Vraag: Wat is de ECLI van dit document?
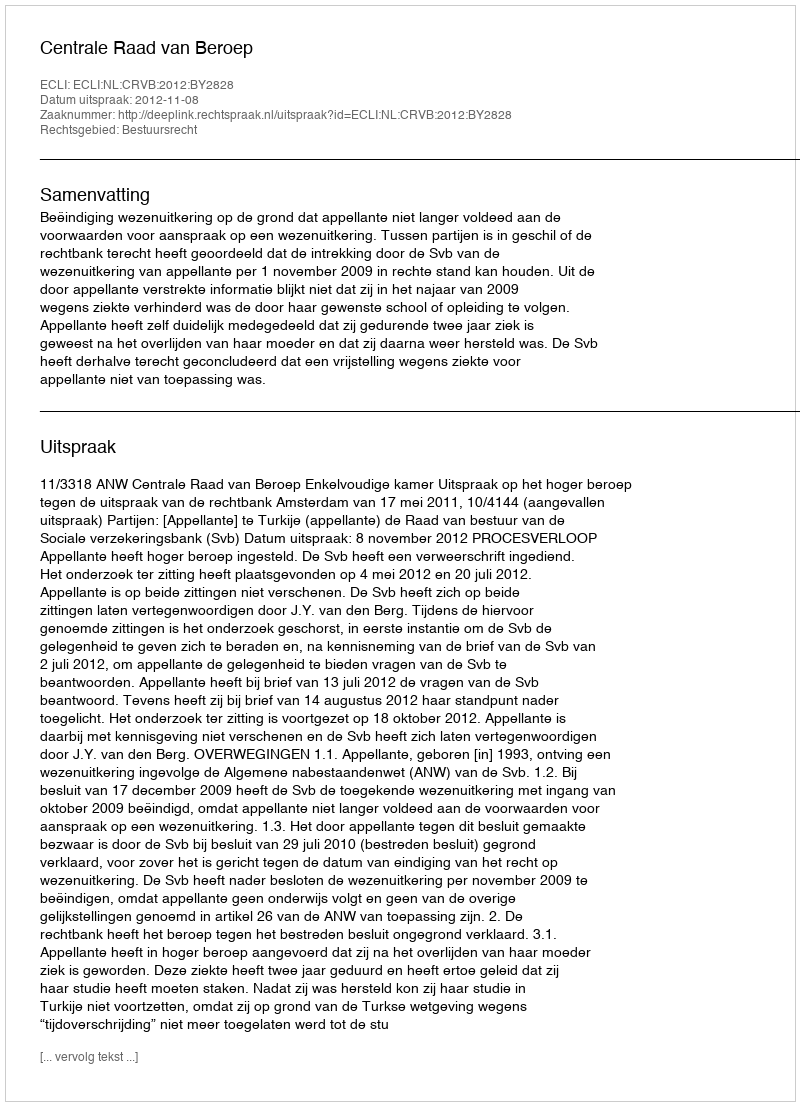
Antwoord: ECLI:NL:CRVB:2012:BY2828